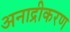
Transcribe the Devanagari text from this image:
अनाद्रीकरण